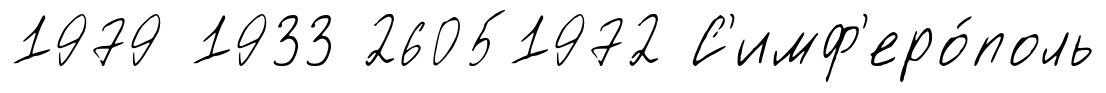
1979 1933 26051972 С'имф'еро́поль